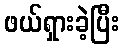
ဖယ်ရှားခဲ့ပြီး